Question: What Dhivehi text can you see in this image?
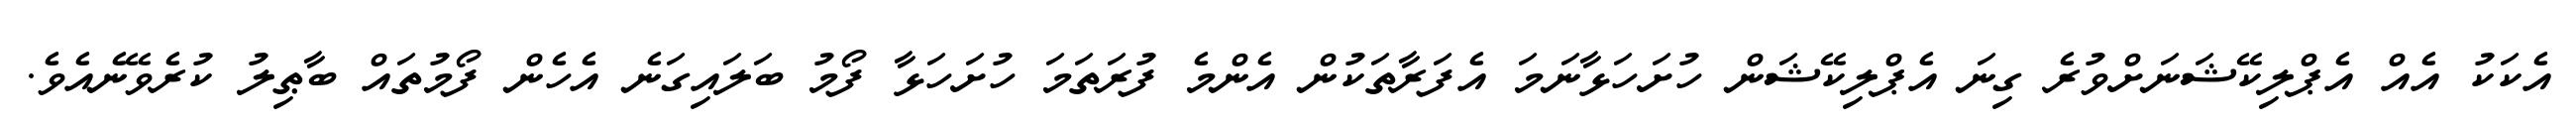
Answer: އެކަކު އެއް އެޕްލިކޭޝަނަށްވުރެ ގިނަ އެޕްލިކޭޝަން ހުށަހަޅާނަމަ އެފަރާތަކުން އެންމެ ފުރަތަމަ ހުށަހަޅާ ފޯމު ބަލައިގަނެ އެހެން ފޯމުތައް ބާޠިލު ކުރެވޭނެއެވެ.